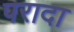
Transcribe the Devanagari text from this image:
परादा